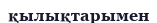
қылықтарымен